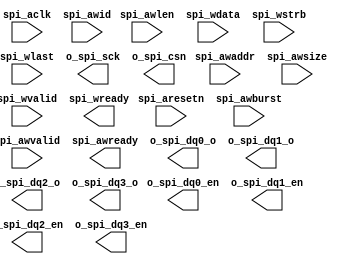
module spi_pg #(
    parameter   DW = 64,
    parameter   AS = 32,
    parameter   IDW=  8
)(
    input               spi_aclk,
    input               spi_aresetn,

    input [IDW-1:0]     spi_awid,
    input [AS-1:0]      spi_awaddr,
    input [1:0]         spi_awlen,
    input [2:0]         spi_awsize,
    input [1:0]         spi_awburst,
    input               spi_awvalid,
    output              spi_awready,

    input [DW-1:0]      spi_wdata,
    input [(DW>>3)-1:0] spi_wstrb,
    input               spi_wlast,
    input               spi_wvalid,
    output              spi_wready,

//     input               spi_arvalid,
//     input               spi_arready,
//     input               spi_rready,
//     input               spi_rvalid,
//     input               spi_rlast,

// //snooping spi port
//     input               spi_csn,

// spi output port
    output      o_spi_sck,
    output      o_spi_csn,
    output      o_spi_dq0_en,//MOSI
    // input       o_spi_dq0_i,
    output      o_spi_dq0_o,
    output      o_spi_dq1_en,//MISO
    // input       o_spi_dq1_i,
    output      o_spi_dq1_o,
    output      o_spi_dq2_en,
    // input       o_spi_dq2_i,
    output      o_spi_dq2_o,
    output      o_spi_dq3_en,
    // input       o_spi_dq3_i,
    output      o_spi_dq3_o
);
    wire        spi_aw_hsked        =   spi_awvalid & spi_awready;
    
    //TODO: modify  memory space for register.
    wire        spi_reg_space       =   (spi_awaddr[27:20] == 8'h18);

    //0x0       --- command meta information
    //0x4       --- write data queue.
    //
    //
    
    // -------------------------------------------------------
    // -- Command REGISTER
    // -------------------------------------------------------
    wire [31:0] spi_command_r;
    wire [31:0] spi_command_nxt;
    wire        spi_command_ena;

    


endmodule